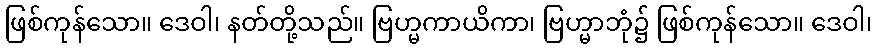
ဖြစ်ကုန်သော။ ဒေဝါ၊ နတ်တို့သည်။ ဗြဟ္မကာယိကာ၊ ဗြဟ္မာဘုံ၌ ဖြစ်ကုန်သော။ ဒေဝါ၊